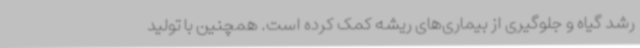
رشد گیاه و جلوگیری از بیماری‌های ریشه کمک کرده است. همچنین با تولید